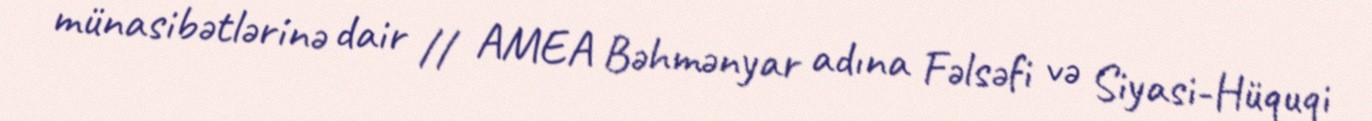
münasibətlərinə dair // AMEA Bəhmənyar adına Fəlsəfi və Siyasi-Hüquqi